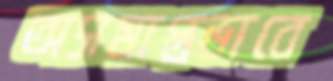
অসমাপ্তভাবে